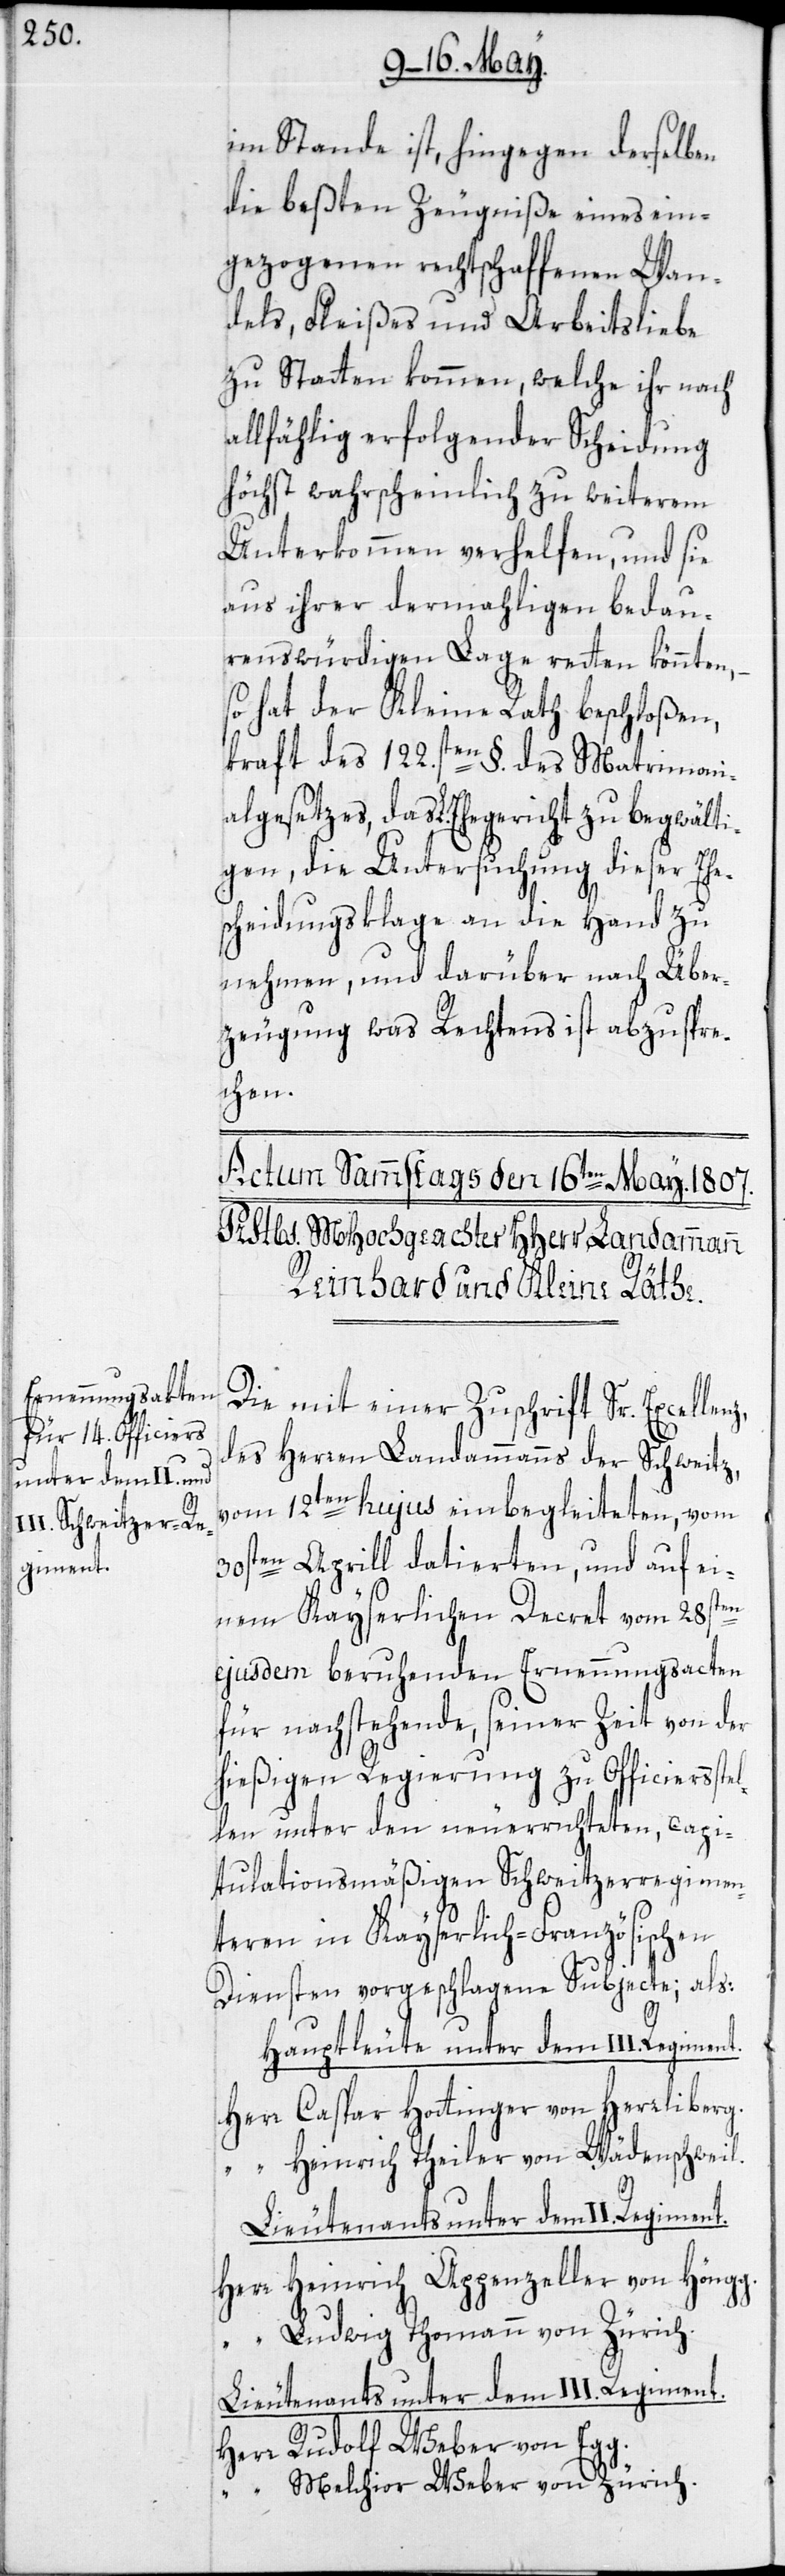
giment.

im Stande ist, hingegen derselben
die beßten Zeugniße eines ein¬
gezogenen rechtschaffenen Wan¬
dels, Fleißes und Arbeitsliebe
zu Statten kommen, welche ihr nach
allfählig erfolgender Scheidung
höchst wahrscheinlich zu weiterem
Unterkommen verhelfen, und sie
aus ihrer dermahligen bedau¬
renswürdigen Lage retten könnten, –
so hat der Kleine Rath beschloßen,
kraft des 122.sten §. des Matrimoni¬
algesetzes, das L. Ehegericht zu begwälti¬
gen, die Untersuchung dieser Ehe¬
scheidungsklage an die Hand zu
nehmen, und darüber nach Über¬
zeugung was Rechtens ist abzuspre¬
chen.
Die mit einer Zuschrift Sr. Excellen¬
des Herren Landammanns der Schweitz,
vom 12ten hujus einbegleiteten, vom
30sten Aprill datierten, und auf ei¬
nem Kayserlichen Decret vom 28sten
ejusdem beruhenden Ernennungsacten
für nachstehende, seiner Zeit von der
hießigen Regierung zu Officiersste¬
llen unter den neuerrichteten, capi¬
tulationsmäßigen Schweitzerregimen¬
teren in Kayserlich-Französischen
Diensten vorgeschlagene Subjecte; als:
Hauptleute unter dem III. Re¬
Herr Caspar Hottinger von Herrliberg.
“ Heinrich Theiler von Wädenswil.
z,
Herr Heinrich Appenzeller von Höngg.
“ Ludwig Thomann von Zürich.
Lieutenants unter dem III. Regiment.
Herr Rudolf Weber von Egg
“ Melchior Weber von Zürich.